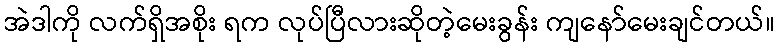
အဲဒါကို လက်ရှိအစိုး ရက လုပ်ပြီလားဆိုတဲ့မေးခွန်း ကျနော်မေးချင်တယ်။